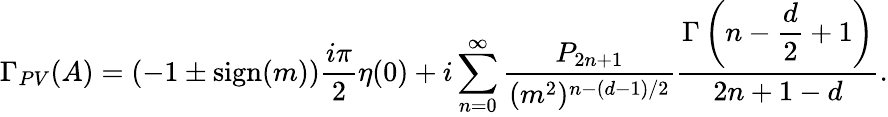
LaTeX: \Gamma_{PV}(A)=(-1\pm\mathrm{sign}(m))\frac{i\pi}{2}\eta(0)+i\sum_{n=0}^{\infty}\frac{P_{2n+1}}{(m^{2})^{n-(d-1)/2}}\frac{\Gamma\left(n-\displaystyle{\frac{d}{2}}+1\right)}{2n+1-d}.